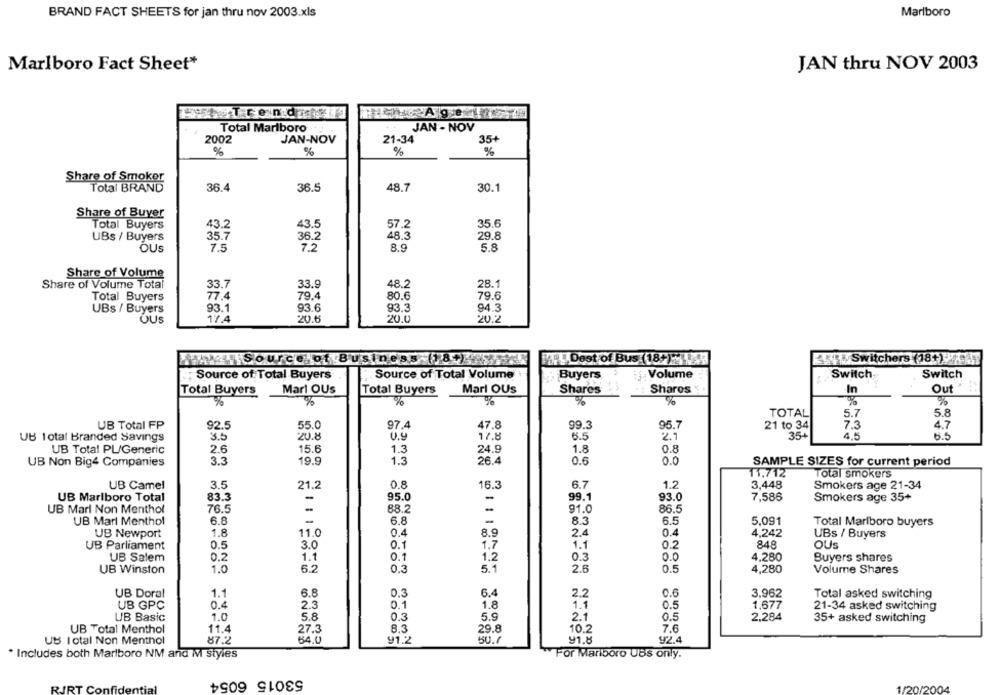
BRAND FACT SHEETS for jan thru nov 2003.xls
Marlboro
Marlboro Fact Sheet*
JAN thru NOV 2003
Trendy
Total Marlboro
JAN - NOV
2002
JAN-NOV
35+
21-34
%
%
%
%
Share of Smoker
Total BRAND
36.4
36.5
48.7
30.1
Share of Buyer
43.5
57.2
35.6
Total Buyers
43.2
48.3
29.8
UBs / Buyers
35.7
36.2
OUS
7.5
7.2
8.9
5.8
Share of Volume
Share of Volume Total
33.7
33.9
48.2
28.1
Total Buyers
77.4
79.4
80.6
79.6
UBs / Buyers
93.1
93.6
93.3
94.3
OUS
17.4
20.6
20.0
20.2
LA Source of Business (18+)4.
Dest of Bus (18-) : 48
354 . Switchers (18+)
;Source of Total Buyers
Source of Total Volume
Buyers
is. Volume
Switch
Switch
Mari OUs
Out
Total Buyers
Marl OUs
Total Buyers
Shares
Shares
In
%
%
%
%
%
%
TOTAL
5.7
5.8
47.8
95.7
7.3
UB Total FP
92.5
55.0
97.4
99.3
21 to 34
4.7
UB 1otal Branded Savings
3.5
20.8
v.9
17.8
6.5
2.1
35+
4.5
6.5
UB Total PL/Generic
2.6
15.6
1.3
24.9
1.8
0.8
UB Non Big4 Companies
3.3
19.9
1.3
26.4
0.6
0.0
SAMPLE SIZES for current period
11,712
Total smokers
UB Camel
3.5
21.2
0.8
16.3
6.7
1.2
3,448
Smokers age 21-34
UB Marlboro Total
83.3
95.0
-
99.1
93.0
7,586
Smokers age 35+
76.5
88.2
UB Marl Non Menthol
-
91.0
86.5
UB Marl Menthol
6.8
6.8
-
8.3
6.5
5,091
Total Marlboro buyers
UB Newport
1.8
11.0
0.4
8.9
2.4
0.4
4,242
UBs / Buyers
UB Parliament
0.5
3.0
0.1
1.7
1.1
0.2
848
OUS
0.2
0.1
0.0
UB Salem
1.1
1,2
0.3
4,280
Buyers shares
UB Winston
1.0
6.2
0.3
5.1
2.6
0.5
4,280
Volume Shares
UB Doral
1.1
6.8
0.3
6.4
2.2
0.6
3.962
Total asked switching
UB GPC
0.4
2.3
0.1
1.8
1.1
0.5
1,677
21-34 asked switching
UB Basic
1.0
5.8
0.3
5.9
2.1
0.5
2,284
35+ asked switching
UB Total Menthol
11.4
27.3
8.3
29.8
10.2
7.6
87.2
64,0
91.2
91.8
92.4
US I otal Non Menthol
50.7
. Includes both Marlboro NM and M styles
For Marlboro UBS only.
53015 6054
RIRT